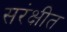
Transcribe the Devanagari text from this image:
सरंक्षीत